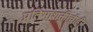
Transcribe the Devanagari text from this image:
प्रतिभाशक्तीचीही